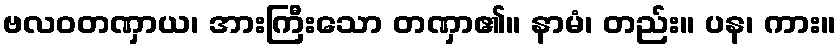
ဗလဝတဏှာယ၊ အားကြီးသော တဏှာ၏။ နာမံ၊ တည်း။ ပန၊ ကား။